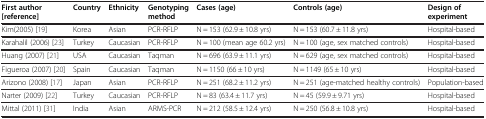
<table><thead><tr><td><b>First author [reference]</b></td><td><b>Country</b></td><td><b>Ethnicity</b></td><td><b>Genotyping method</b></td><td><b>Cases (age)</b></td><td><b>Controls (age)</b></td><td><b>Design of experiment</b></td></tr></thead><tbody><tr><td>Kim (2005) [19]</td><td>Korea</td><td>Asian</td><td>PCR-RFLP</td><td>N = 153 (62.9 ± 10.8 yrs)</td><td>N = 153 (60.7 ± 11.8 yrs)</td><td>Hospital-based</td></tr><tr><td>Karahalil (2006) [23]</td><td>Turkey</td><td>Caucasian</td><td>PCR-RFLP</td><td>N = 100 (mean age 60.2 yrs)</td><td>N = 100 (age, sex matched controls)</td><td>Hospital-based</td></tr><tr><td>Huang (2007) [21]</td><td>USA</td><td>Caucasian</td><td>Taqman</td><td>N = 696 (63.9 ± 11.1 yrs)</td><td>N = 629 (age, sex matched controls)</td><td>Hospital-based</td></tr><tr><td>Figueroa (2007) [20]</td><td>Spain</td><td>Caucasian</td><td>Taqman</td><td>N = 1150 (66 ± 10 yrs)</td><td>N = 1149 (65 ± 10 yrs)</td><td>Hospital-based</td></tr><tr><td>Arizono (2008) [17]</td><td>Japan</td><td>Asian</td><td>PCR-RFLP</td><td>N = 251 (68.2 ± 11.2 yrs)</td><td>N = 251 (age-matched healthy controls)</td><td>Population-based</td></tr><tr><td>Narter (2009) [22]</td><td>Turkey</td><td>Caucasian</td><td>PCR-RFLP</td><td>N = 83 (63.4 ± 11.7 yrs)</td><td>N = 45 (59.9 ± 9.71 yrs)</td><td>Hospital-based</td></tr><tr><td>Mittal (2011) [31]</td><td>India</td><td>Asian</td><td>ARMS-PCR</td><td>N = 212 (58.5 ± 12.4 yrs)</td><td>N = 250 (56.8 ± 10.8 yrs)</td><td>Hospital-based</td></tr></tbody></table>